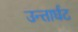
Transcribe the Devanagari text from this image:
उन्तार्घट